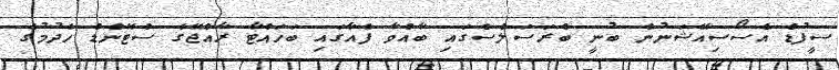
ސީފުޑް އެސޯސިއޭޝަނުން ބުނީ ބްރަސަލްސްގައި ބާއްވާ ފެއާގައި ބަހައްޓާ ރާއްޖޭގެ ސްޓޭންޑް ހެދުމުގެ